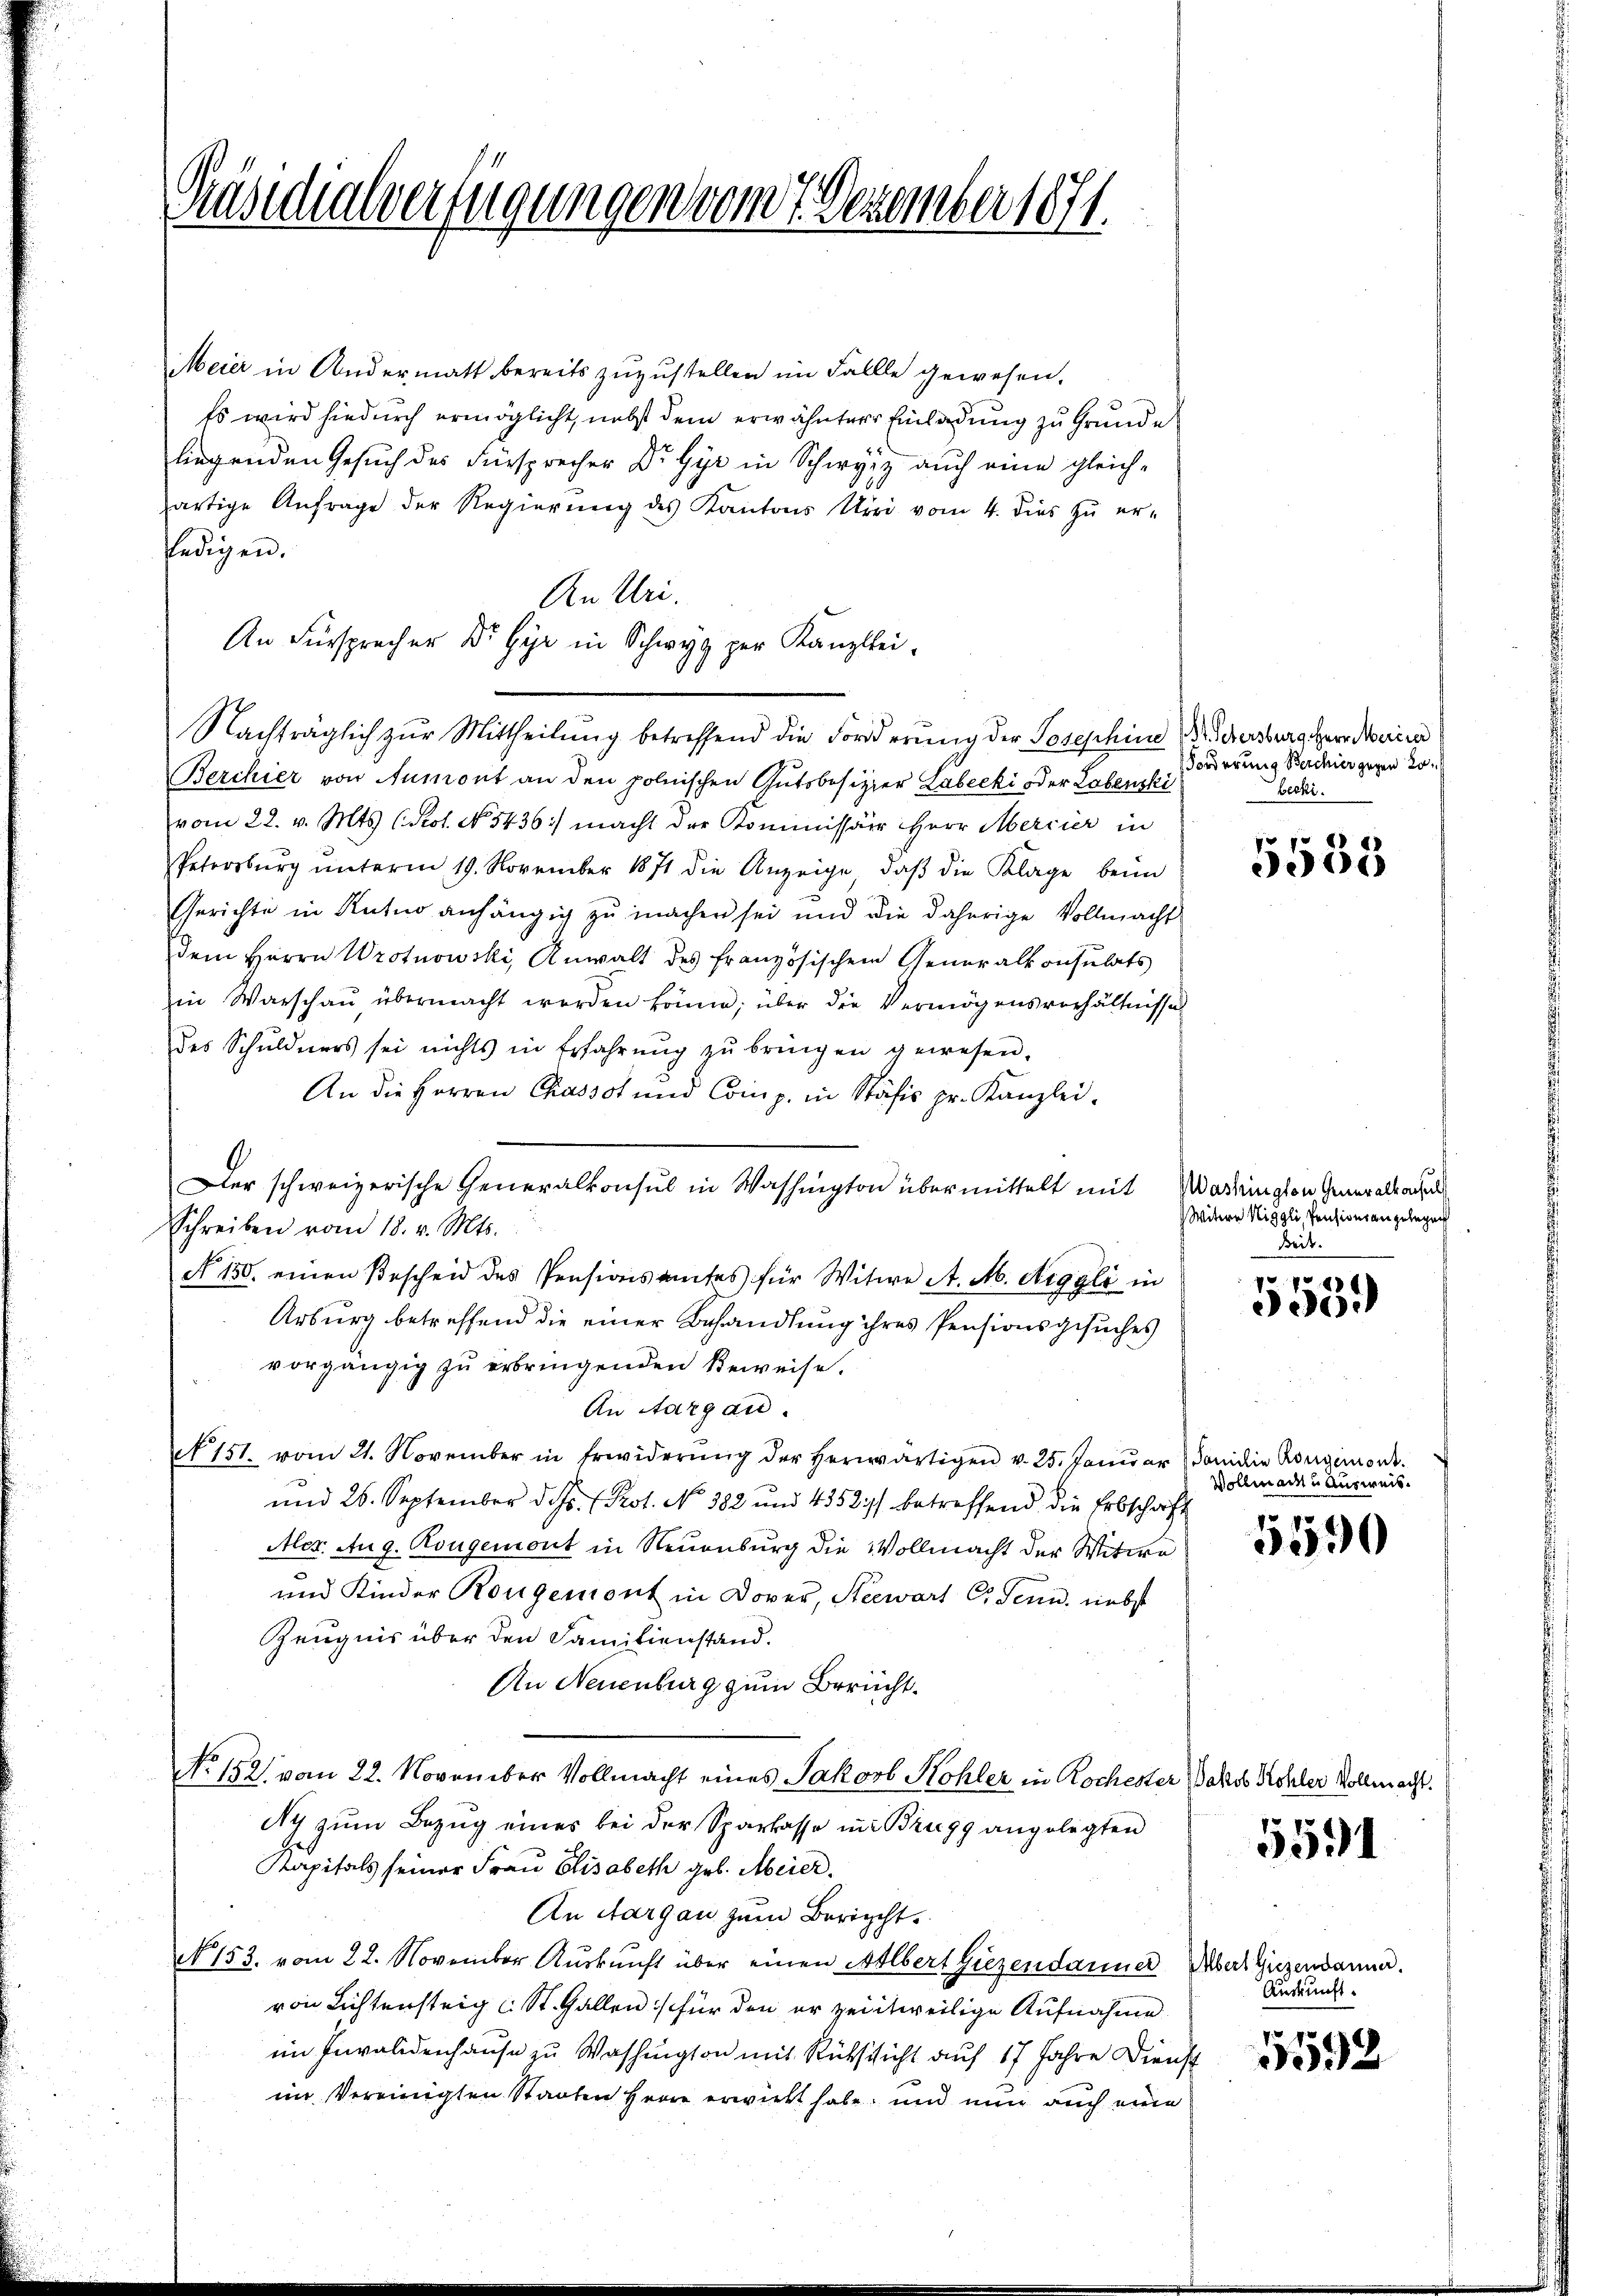
Präsidialverfügungen vom 7. Dezember 1871.

Meier in Andermatt bereits zuzustellen im Fallle gewesen.
Es wird hiedurch ermöglicht, nebst dem erwähnterer Einladung zu Grunde
liegenden Gesuch des Fürsprecher Dr. Gyr in Schwyz auch eine gleich-
artige Anfrage der Regierung des Kantons Uri vom 4. dies zu er-
ledigen.
An Uri.
An Fürsprecher Dr. Gyr in Schwyz zur Kanzlei-
Nachträglich zur Mittheilung betreffend die Forderung der Josephine Widersburg Herr Marien
Berchier von Aumont an den polnischen Gutsbesitzer Labecki oder Lebenski
vom 22. v. Mts. (Rot. No 5436:/ macht der Kommissär Herr Mercier in
Petrosbŭrg ŭnterm 19. November 1871 die Anzeige, daβ die Klage beim
Gerichte in Kutuo anhängig zu machen sei und die daherige Vollmacht
dem Herrn Wrotnowski, Anwalt des französischen Generalkonsulats
in Warschaŭ übermacht werden könne; über die Vermögensverhältnisse
des Schuldners sei nichts in Erfahrŭng zŭ bringen gewesen.
An die Herren Chassot und Comp. in Stäfis pr. Kanzlei.
9
Der schweizerische Generalkonsul in Washington übermittelt mit Wardington Generalsache
Schreiben vom 18. v. Mts.
N 150. einen Bescheid des Pensionsamtes für Witwe A. M. Aiggli in
Arburg betreffend die einer Behandlung ihres Pensionsgesuches
vorgängig zu erbringenden Beweise.
An Aargau.
N 151. vom 21. November in Erwiderŭng der herwärtigen v. 25. Janŭar Familie Averginore
und 26. September d. Js. (Prot. No 382 und 4352) betreffend die Erbschaft
Mer. Aug. Kongemont in Neuenburg die Vollmacht der Witwe
und Kinder Kongemont in Dover, Steewart C. Senn, nebst
Zeugnis über den Familienstand.
An Neuenburg zum Bericht.
No. 152. vom 22. November Vollmacht eines Jakob Kohler in Rochester Jakob Köhler Vollmacht.
Ny zum Bezug eines bei der Sparkasse in Brugg angelegten
Kapitals seiner Frau Elisabeth geb. Meier.
An Aargau zum Bericht.
N 153. vom 22. November Aŭskŭnft über einen Albert Giezendanner Übers Giezendanne.
von Lichtensteig u St. Gallen :/ für den er zeitweilige Aufnahme
im Invalidenhause zu Washington mit Rücksicht auf 17 Jahre Dienst
im Vereinigten Staaten Herre erwirkt habe; und nun auch eine

Forderung Berchier gegen 20.
beck.

5583

Witere Niggli, Pensionsangelegen
keit.

70
3959

Vollmacht u Ausweis

5590

5591

Auskunft.

x
32